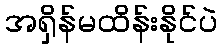
အရှိန်မထိန်းနိုင်ပဲ